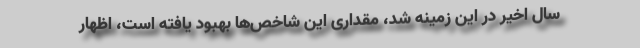
سال اخیر در این زمینه شد، مقداری این شاخص‌ها بهبود یافته است، اظهار